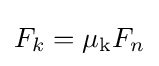
F_{k}=\mu _{\mathrm {k} }F_{n}